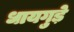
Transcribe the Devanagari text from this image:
धायगुड़े